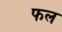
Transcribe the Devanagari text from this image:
फल